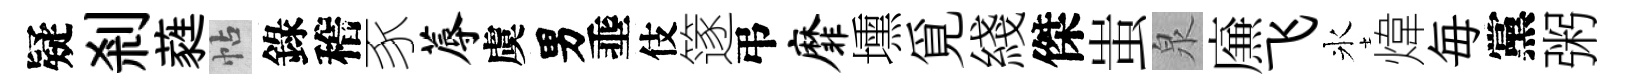
疑剎蕤帖錄稽豕蓐虞男埀伎篴弔靡壎覓綫傑蚩泉㢘飞氷煒毎黨粥